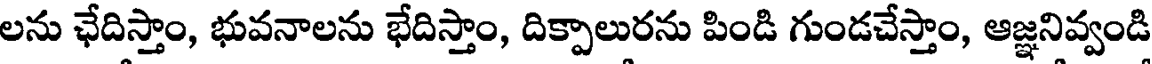
లను ఛేదిస్తాం, భువనాలను భేదిస్తాం, దిక్పాలురను పిండి గుండచేస్తాం, ఆజ్ఞనివ్వండి